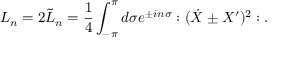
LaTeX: L _ { n } = 2 \tilde { L } _ { n } = \frac { 1 } { 4 } \int _ { - \pi } ^ { \pi } d \sigma e ^ { \pm i n \sigma } : ( \dot { X } \pm X ^ { \prime } ) ^ { 2 } : .